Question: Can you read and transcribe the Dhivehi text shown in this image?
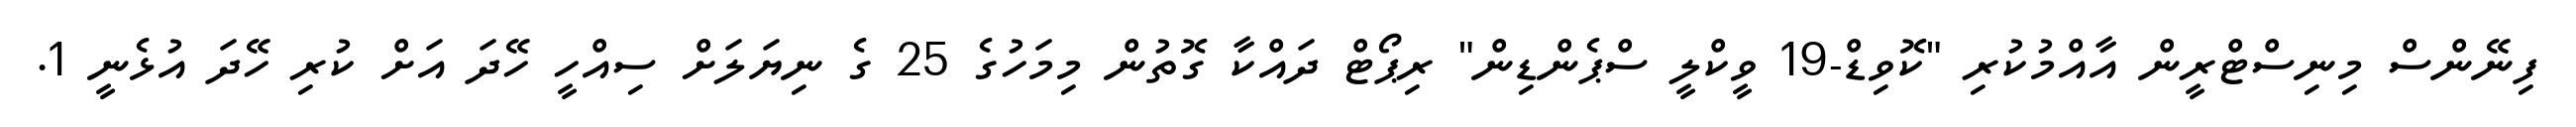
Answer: ފިނޭންސް މިނިސްޓްރީން އާއްމުކުރި "ކޮވިޑް-19 ވީކްލީ ސްޕެންޑިން" ރިޕޯޓް ދައްކާ ގޮތުން މިމަހުގެ 25 ގެ ނިޔަލަށް ސިއްހީ ހޭދަ އަށް ކުރި ހޭދަ އުޅެނީ 1.